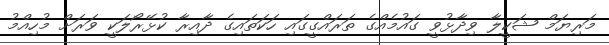
މަރިޔަމް ޝަކީލާ ވިދާޅުވީ ގައުމެއްގެ ތަރައްގީގައި ހަކަތައިގެ ދާއިރާ ކުޅޭރޯލަކީ ވަރަށް މުހިއްމު